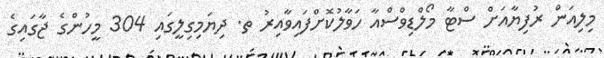
މިލިއަން ރުފިޔާއަށް ސްޓާ މޯލްޑިވްސްއާ ހަވާލުކޮށްފައިވާއިރު ތ. ދިޔަމިގިލީގައި 304 މީހުންގެ ޖާގައިގެ